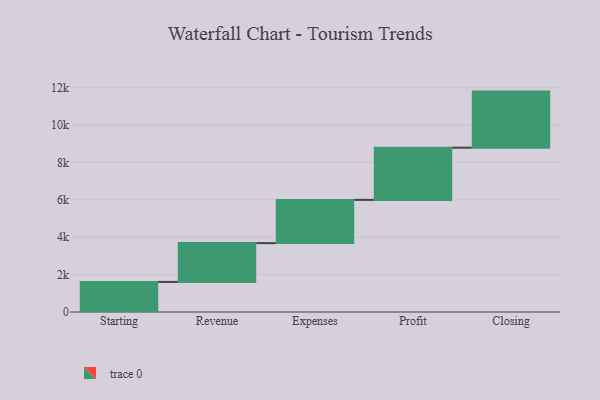
{"axis": {"x": "Step", "y": "Value"}, "legend": [""], "data": [{"x": "Starting", "y": 1609.0, "type": ""}, {"x": "Revenue", "y": 2076.0, "type": ""}, {"x": "Expenses", "y": 2313.0, "type": ""}, {"x": "Profit", "y": 2793.0, "type": ""}, {"x": "Closing", "y": 3000, "type": ""}]}